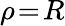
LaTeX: \rho\! =\! R